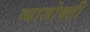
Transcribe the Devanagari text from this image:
व्याजोक्ती